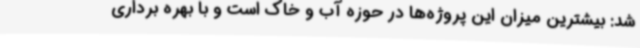
شد: بیشترین میزان این پروژه‌ها در حوزه آب و خاک است و با بهره برداری